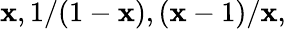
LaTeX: \mathbf{x},1/(1-\mathbf{x}),(\mathbf{x}-1)/\mathbf{x},